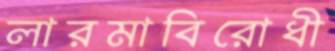
লারমাবিরোধী